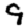
Digit: 9